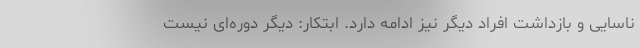
ناسایی و بازداشت افراد دیگر نیز ادامه دارد. ابتکار: دیگر دوره‌ای نیست